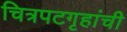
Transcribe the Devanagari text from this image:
चित्रपटगृहांची